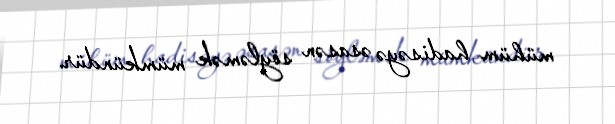
mühüm hadisəyə əsasən söyləmək mümkündür.